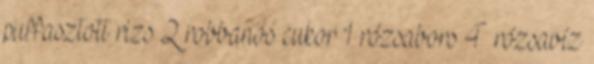
puffasztott rizs 2 robbanós cukor 1 rózsabors 4 rózsavíz